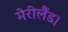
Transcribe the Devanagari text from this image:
मेरीलैंड।